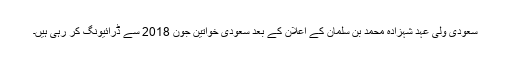
سعودی ولی عہد شہزادہ محمد بن سلمان کے اعلان کے بعد سعودی خواتین جون 2018 سے ڈرائیونگ کر رہی ہیں۔